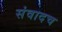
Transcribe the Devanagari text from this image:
संवादच